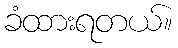
ခံထားရတယ်။